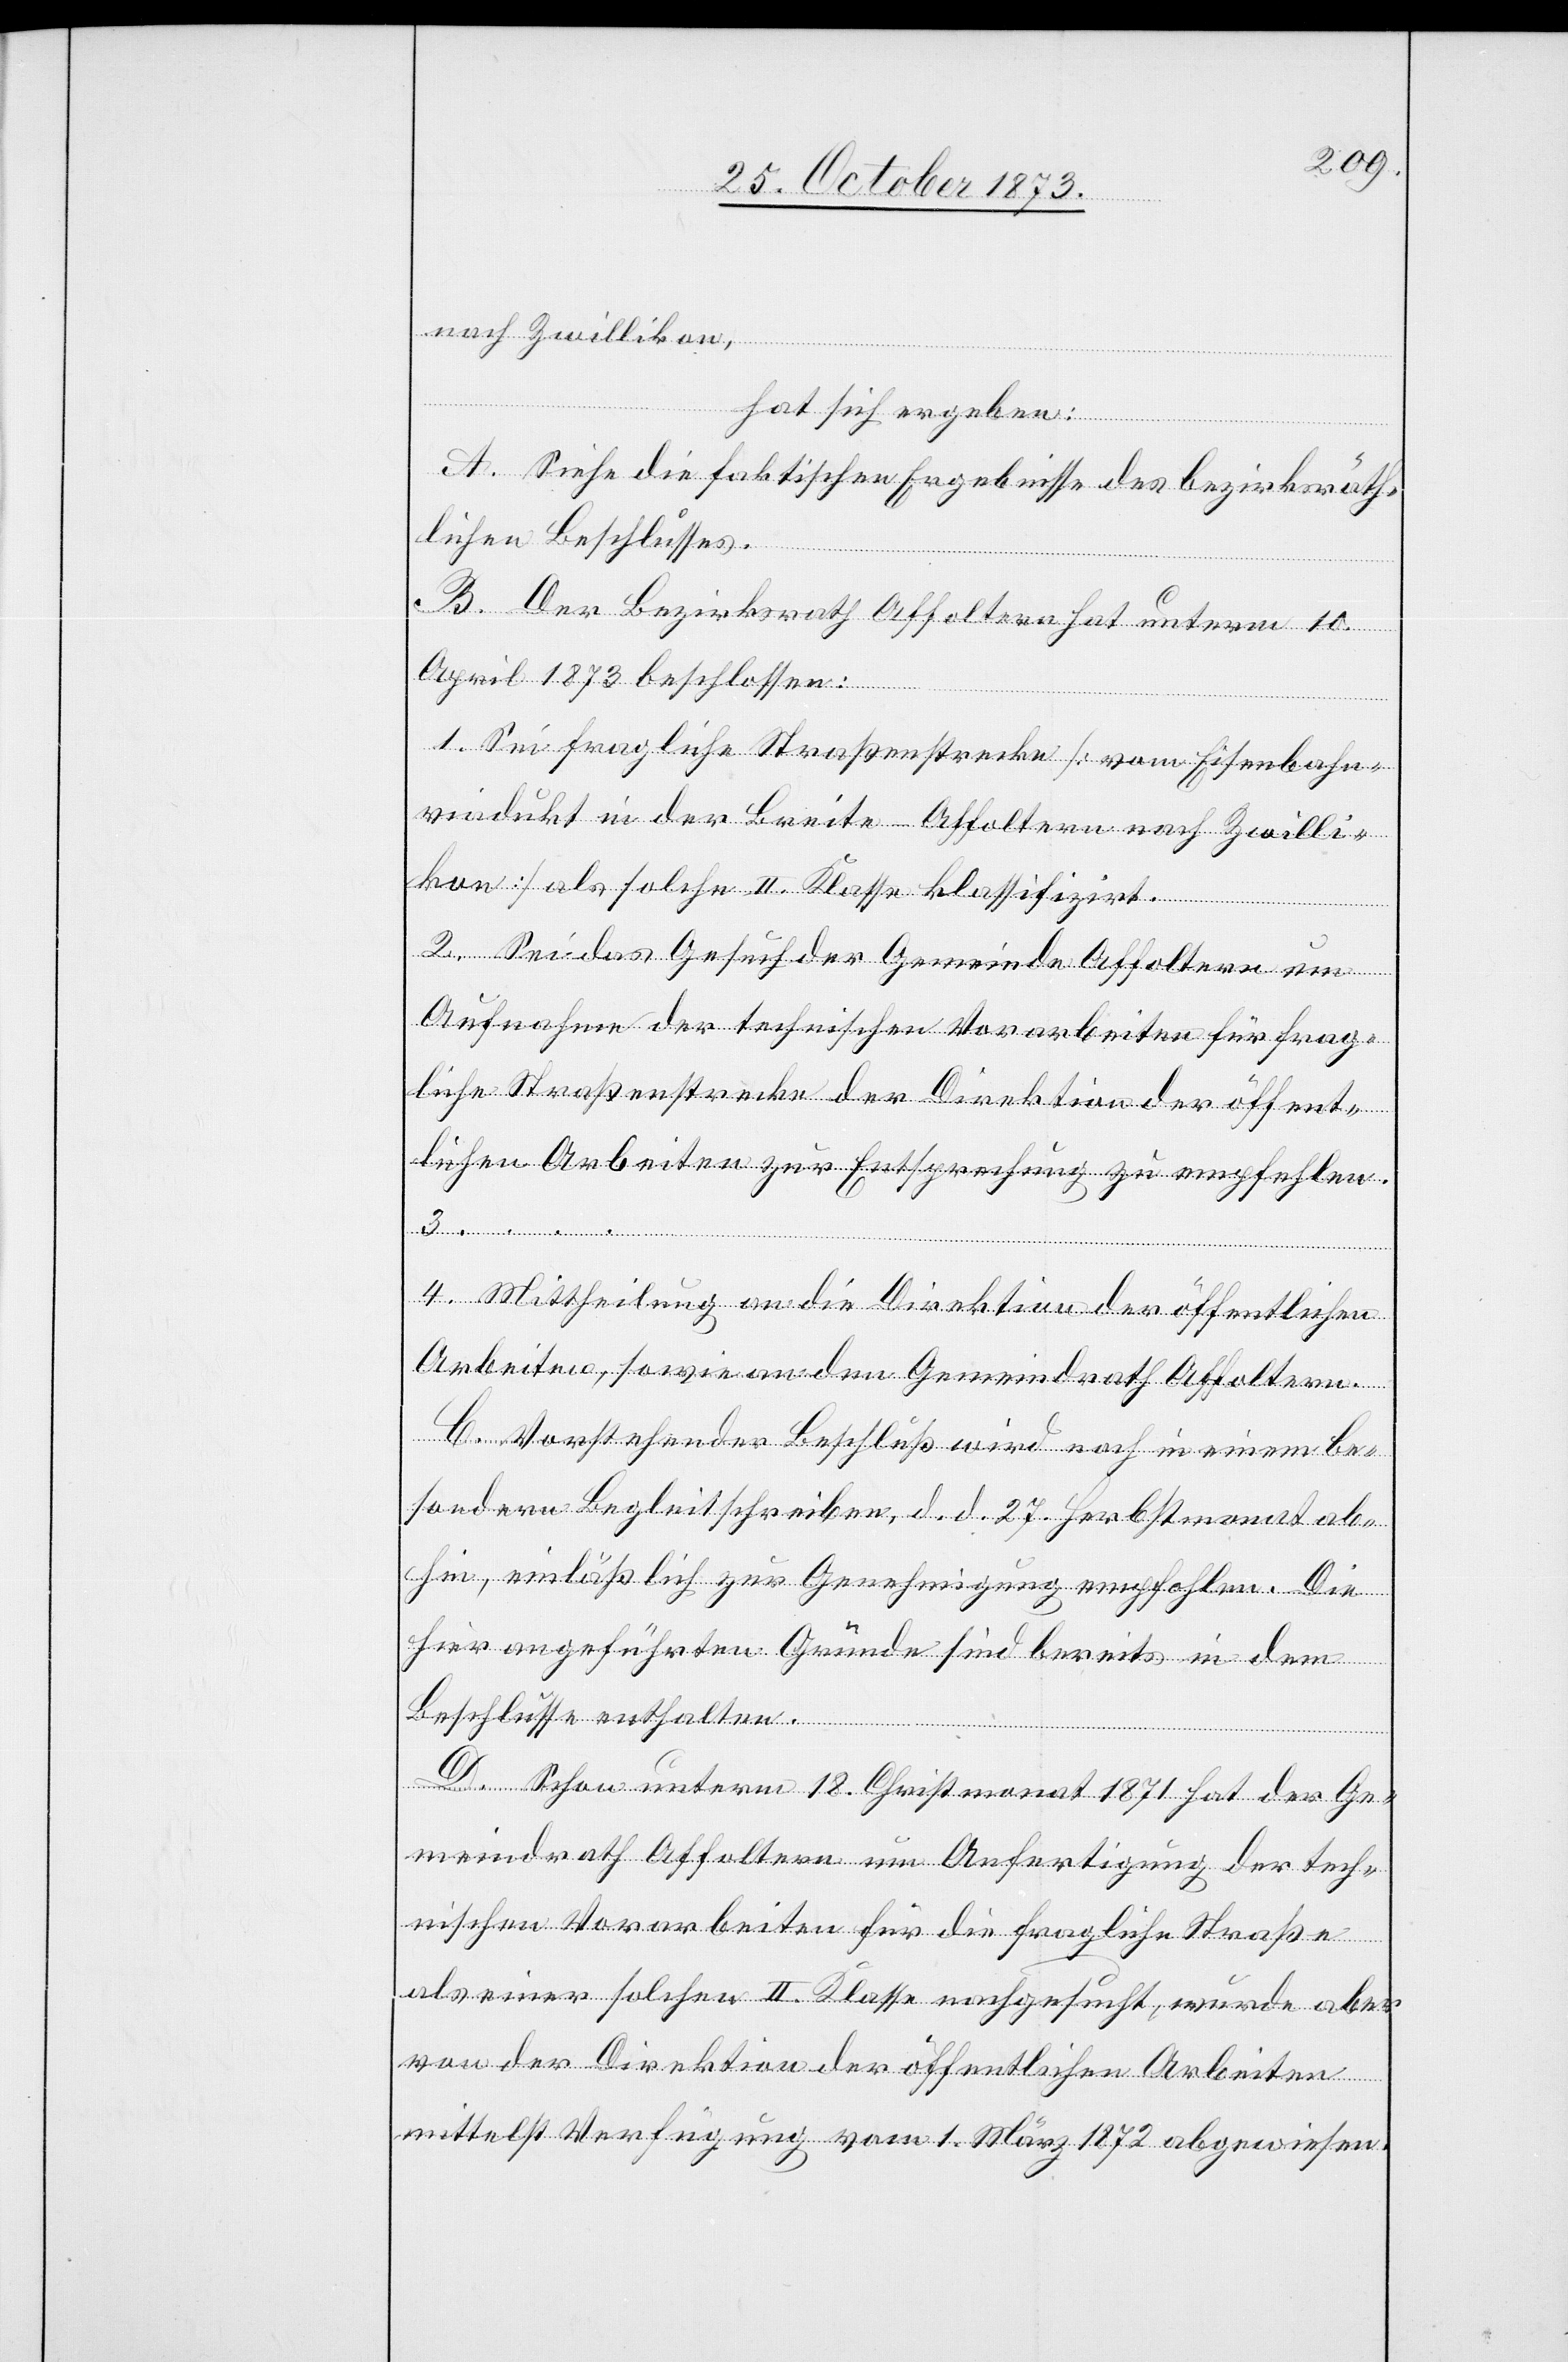
nach Zwillikon,
hat sich ergeben:
A. Siehe die faktischen Ergebnisse des bezirksräth¬
lichen Beschlusses.
B. Der Bezirksrath Affoltern hat unterm 10.
April 1873 beschlossen:
1. Sei fragliche Straßenstrecke [vom Eisenbahn¬
viadukt in der Breite - Affoltern nach Zwilli¬
kon] als solche II. Klasse klassifizirt.
2. Sei das Gesuch der Gemeinde Affoltern um
Aufnahme der technischen Vorarbeiten für frag¬
liche Straßenstrecke der Direktion der öffent¬
lichen Arbeiten zur Entsprechung zu empfehlen.
4. Mittheilung an die Direktion der öffentlichen
Arbeiten, sowie an den Gemeindrath Affoltern.
C. Vorstehender Beschluß wird noch in einem be¬
sondern Begleitschreiben, d. d. 27. Herbstmonat ab¬
hin, einläßlich zur Genehmigung empfohlen. Die
hier angeführten Gründe sind bereits in dem
Beschlusse enthalten.
…
D. Schon unterm 18. Christmonat 1871 hat der Ge¬
meindrath Affoltern um Anfertigung der tech¬
nischen Vorarbeiten für die fragliche Straße
als einer solchen II. Klasse nachgesucht, wurde aber
von der Direktion der öffentlichen Arbeiten
mittelst Verfügung vom 1. März 1872 abgewiesen.